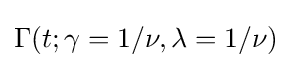
\Gamma (t;\gamma =1/\nu ,\lambda =1/\nu )